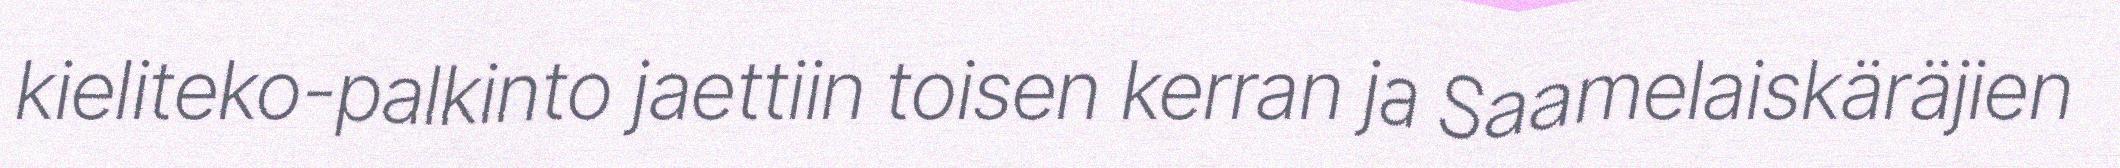
kieliteko-palkinto jaettiin toisen kerran ja Saamelaiskäräjien